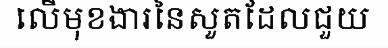
លើមុខងារនៃសួតដែលជួយ